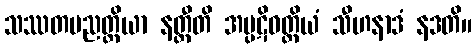
သဿတပညတ္တိယာ နတ္ထီတိ အပ္ပဋိဝတ္တိယံ သီဟနာဒံ နဒတိ။